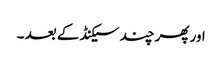
اور پھر چند سیکنڈ کے بعد ۔